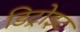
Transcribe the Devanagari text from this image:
डिट्रोइट